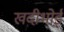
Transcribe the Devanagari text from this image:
खदीभोई